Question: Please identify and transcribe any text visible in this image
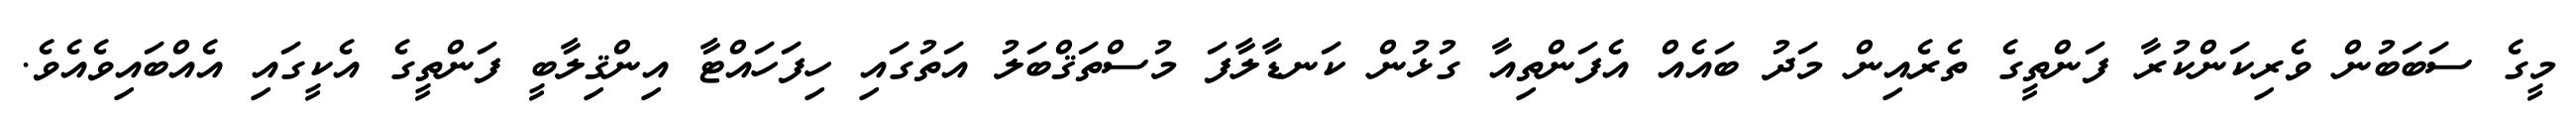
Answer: މީގެ ސަބަބުން ވެރިކަންކުރާ ފަންތީގެ ތެރެއިން މަދު ބައެއް އެފަންތިއާ ގުޅުން ކަނޑާލާފަ މުސްތަޤްބަލު އަތުގައި ހިފަހައްޓާ އިންޤިލާބީ ފަންތީގެ އެކީގައި އެއްބައިވެއެވެ.